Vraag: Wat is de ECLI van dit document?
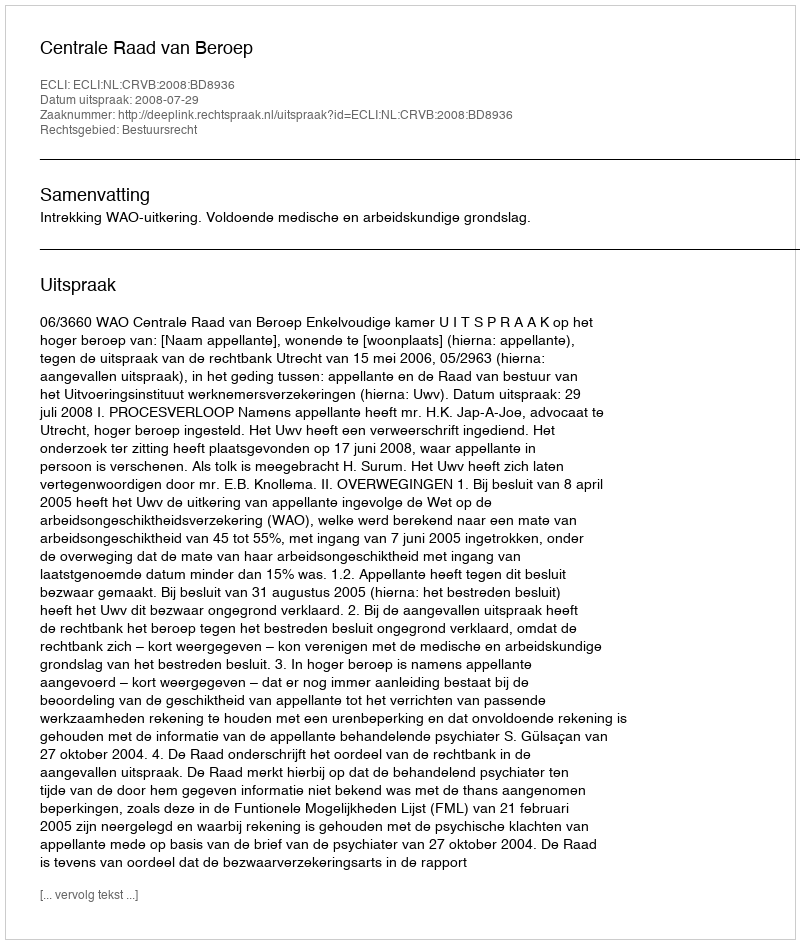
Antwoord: ECLI:NL:CRVB:2008:BD8936